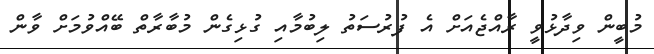
މުބީން ވިދާޅުވީ ރާއްޖެއަށް އެ ފުރުސަތު ލިބުމާއި ގުޅިގެން މުބާރާތް ބޭއްވުމަށް ވާން